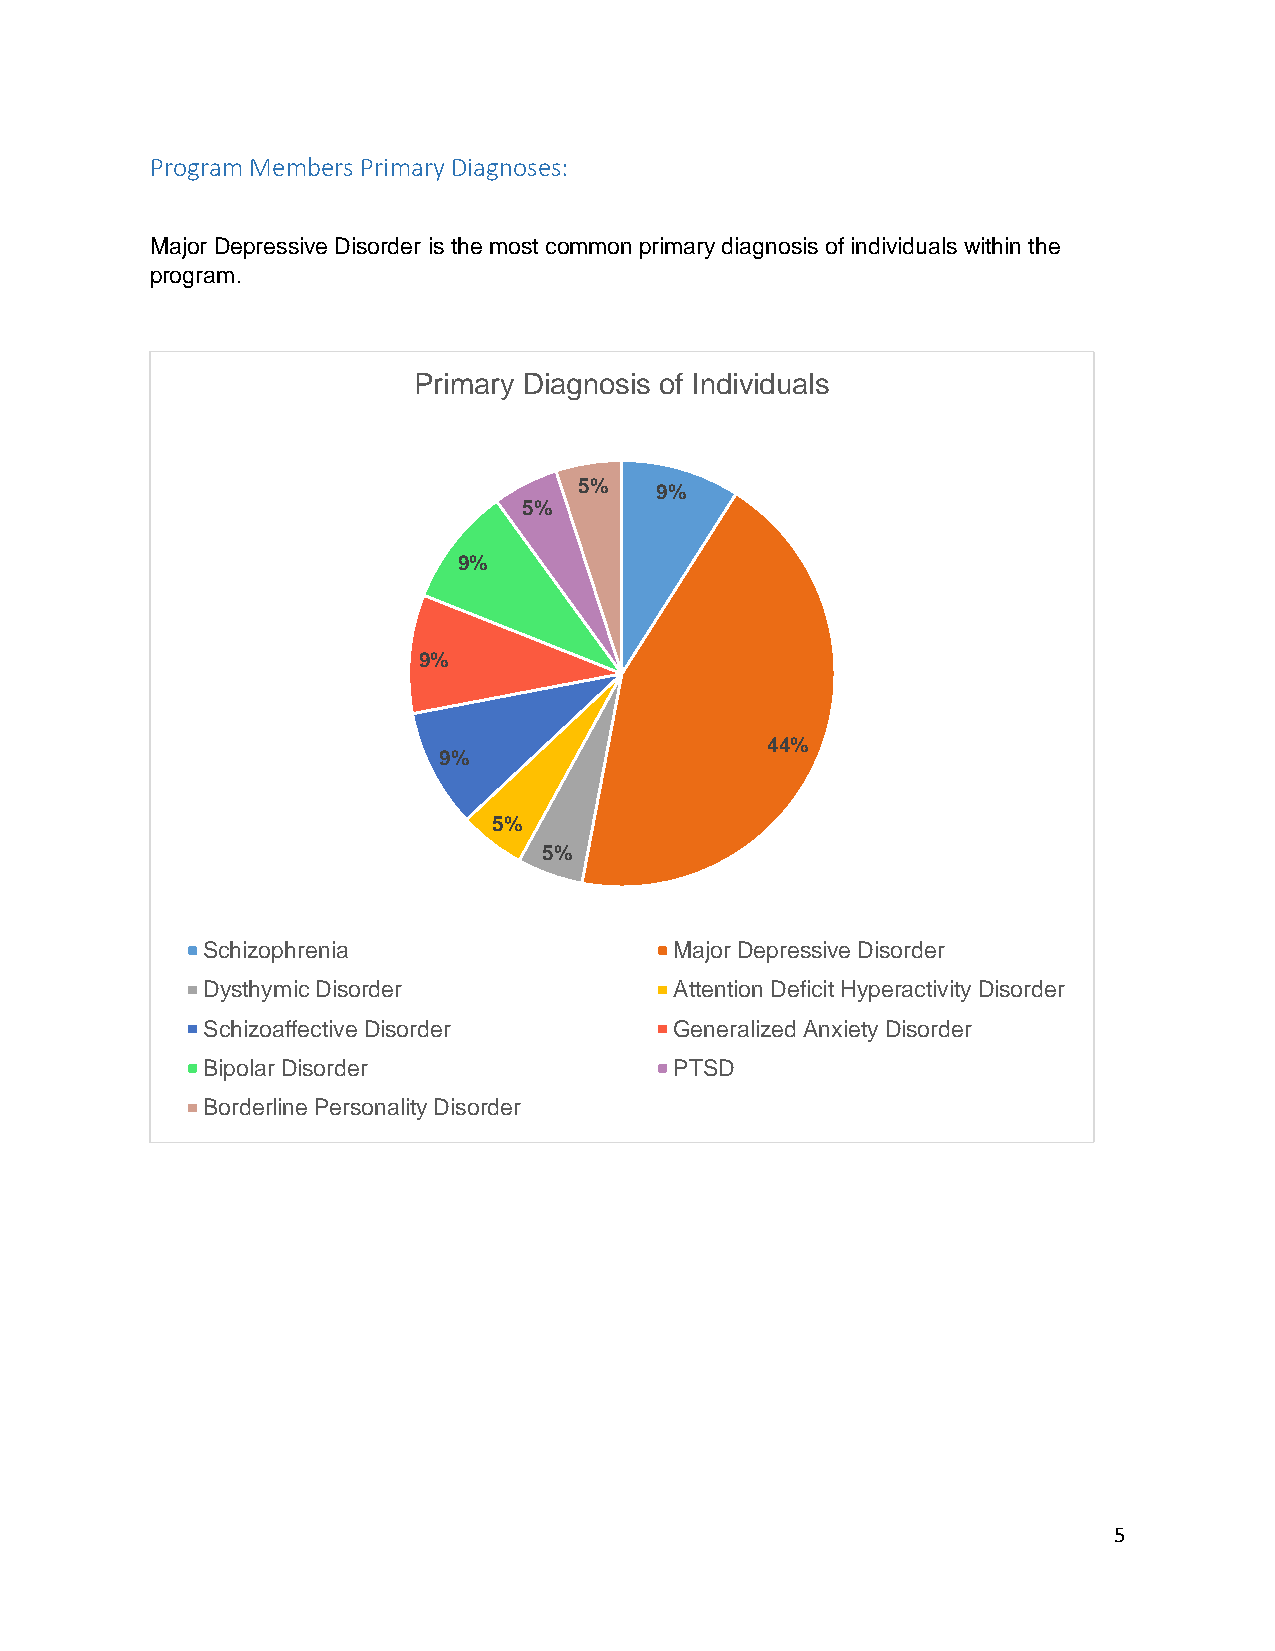
Program Members Primary Diagnoses:
 Major Depressive Disorder is the most common primary diagnosis of individuals within the
 program.
 Primary Diagnosis of Individuals
 5%   9%
 5%
 9%
 9%
 44%
 9%
 5%
 5%
 Schizophrenia                   Major Depressive Disorder
 Dysthymic Disorder              Attention Deficit Hyperactivity Disorder
 Schizoaffective Disorder        Generalized Anxiety Disorder
 Bipolar Disorder                PTSD
 Borderline Personality Disorder
 5